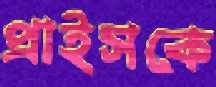
প্রাইসকে